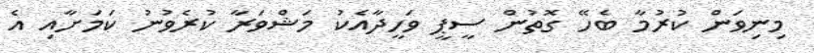
މިނިވަން ކުރުމާ ބެހޭ ގޮތުން ސީޕީ ވަހީދާއެކު މަޝްވަރާ ކުރެވުނު ކަމަށާއި އެ